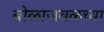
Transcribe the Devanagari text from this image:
बोळाजवळच्या